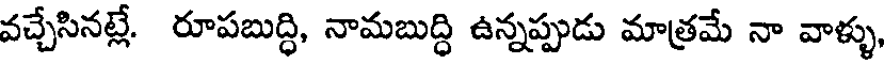
వచ్చేసినట్లే. రూపబుద్ధి, నామబుద్ధి ఉన్నప్పుడు మాత్రమే నా వాళ్ళు,